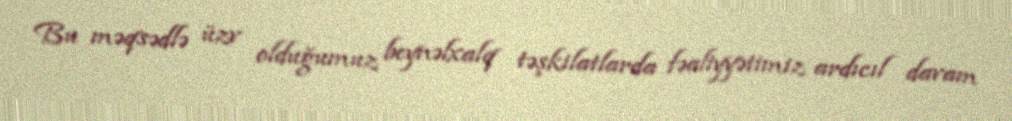
Bu məqsədlə üzv olduğumuz beynəlxalq təşkilatlarda fəaliyyətimiz ardıcıl davam